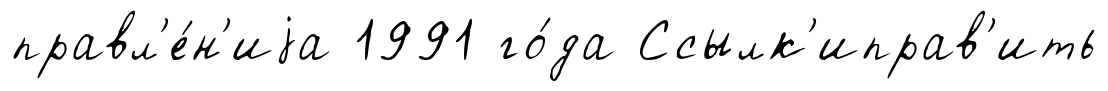
правл'е́н'иjа 1991 го́да Ссылк'иправ'ить